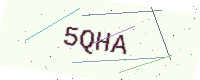
Text: 5QHA